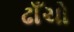
ઢાઁચો